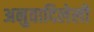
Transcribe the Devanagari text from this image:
अनुवादिलेली